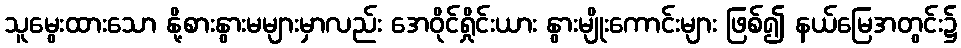
သူမွေးထားသော နို့စားနွားမများမှာလည်း အေဝိုင်ရှိုင်းယား နွားမျိုးကောင်းများ ဖြစ်၍ နယ်မြေအတွင်း၌